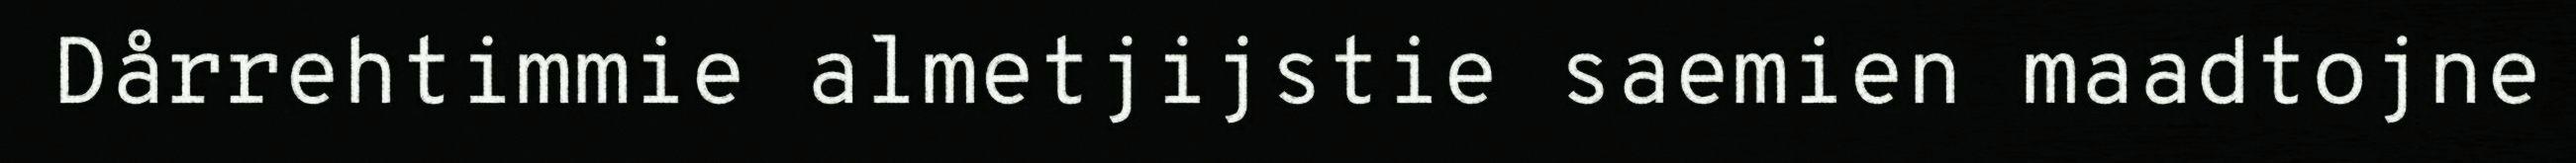
Dårrehtimmie almetjijstie saemien maadtojne